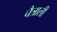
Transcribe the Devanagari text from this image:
चैत्राली